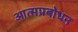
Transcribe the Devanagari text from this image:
आत्मप्रबोधन